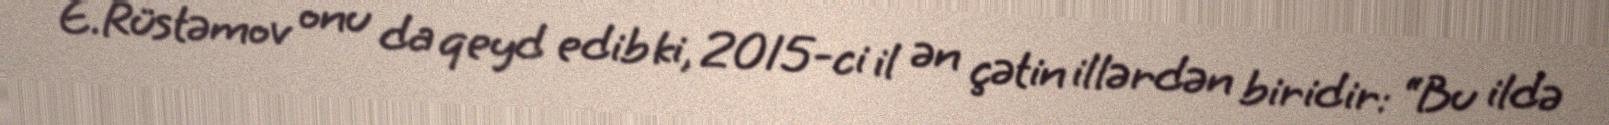
E.Rüstəmov onu da qeyd edib ki, 2015-ci il ən çətin illərdən biridir: “Bu ildə